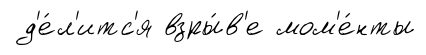
д'е́л'итс'я взры́в'е мом'е́нты